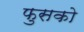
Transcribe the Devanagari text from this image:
फुसको